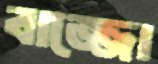
বাজ্জো